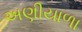
અણીયાળા